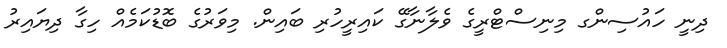
ދިނީ ހައުސިންގ މިނިސްޓްރީގެ ވެލާނާގޭ ކައިރީހުރި ބައިން. މިވަރުގެ ބޮޑުކަމެއް ހިގާ ދިޔައިރު